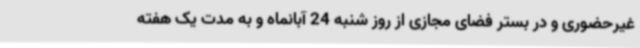
غیرحضوری و در بستر فضای مجازی از روز شنبه 24 آبانماه و به مدت یک هفته